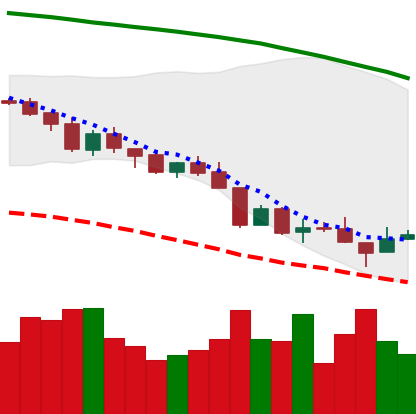
Ticker: XMR-USD
Chart end date: 2018-08-16
Forward return: 4.213%
Label: up_3_5